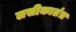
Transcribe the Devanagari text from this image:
लसीकातंत्र